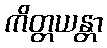
ကိတ္တယန္တာ